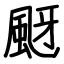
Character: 颬